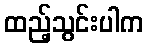
ထည့်သွင်းပါက